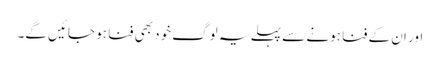
اور ان کے فنا ہونے سے پہلے یہ لوگ خود بھی فنا ہو جائیں گے۔